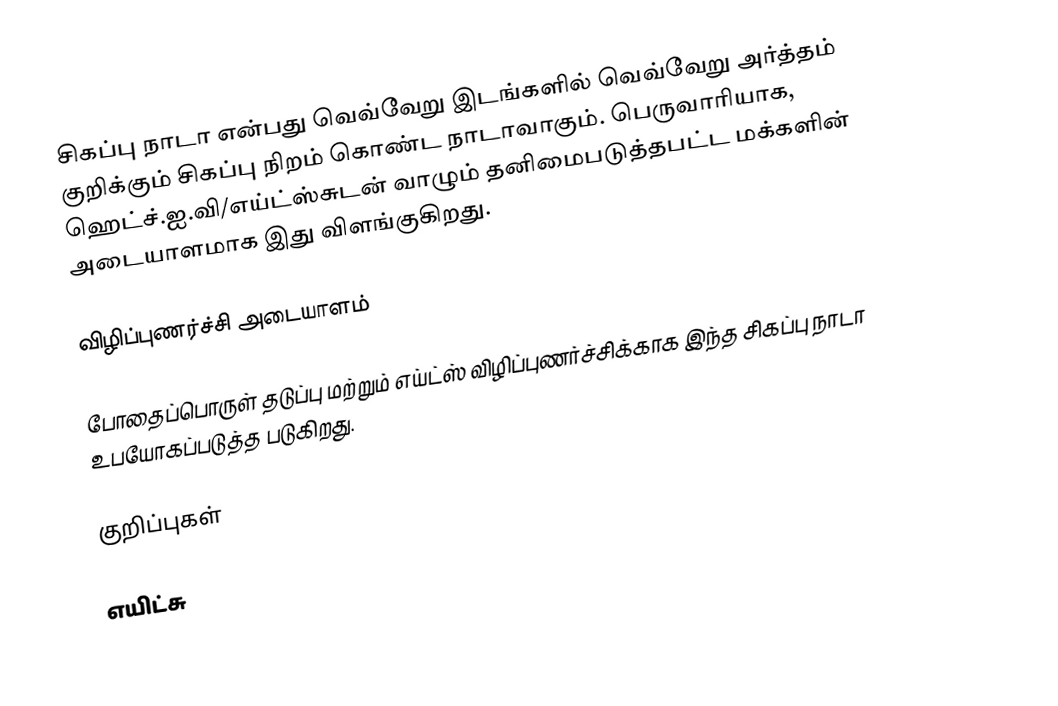
சிகப்பு நாடா என்பது வெவ்வேறு இடங்களில் வெவ்வேறு அர்த்தம் குறிக்கும் சிகப்பு நிறம் கொண்ட நாடாவாகும். பெருவாரியாக, ஹெட்ச்.ஐ.வி/எய்ட்ஸ்சுடன் வாழும் தனிமைபடுத்தபட்ட மக்களின் அடையாளமாக இது விளங்குகிறது.

விழிப்புணர்ச்சி அடையாளம்

போதைப்பொருள் தடுப்பு மற்றும் எய்ட்ஸ் விழிப்புணர்ச்சிக்காக இந்த சிகப்பு நாடா உபயோகப்படுத்த படுகிறது.

குறிப்புகள்

எயிட்சு